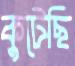
কুটেছি